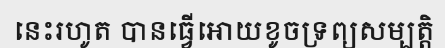
នេះរហូត បានធ្វើអោយខូចទ្រព្យសម្បត្តិ